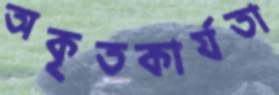
অকৃতকার্যতা